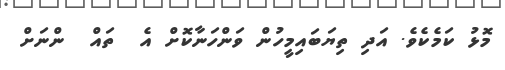
މޮޅު ކަމެކެވެ. އަދި ތިޔަބައިމީހުން ވަންހަނާކޮށް އެ  ތައް  ންނަށް